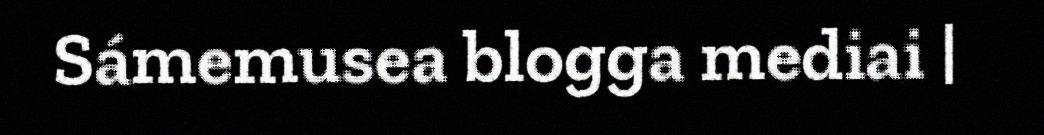
Sámemusea blogga mediai |